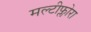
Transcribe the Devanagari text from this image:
मल्टीफ्लोरा